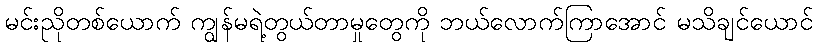
မင်းညိုတစ်ယောက် ကျွန်မရဲ့တွယ်တာမှုတွေကို ဘယ်လောက်ကြာအောင် မသိချင်ယောင်